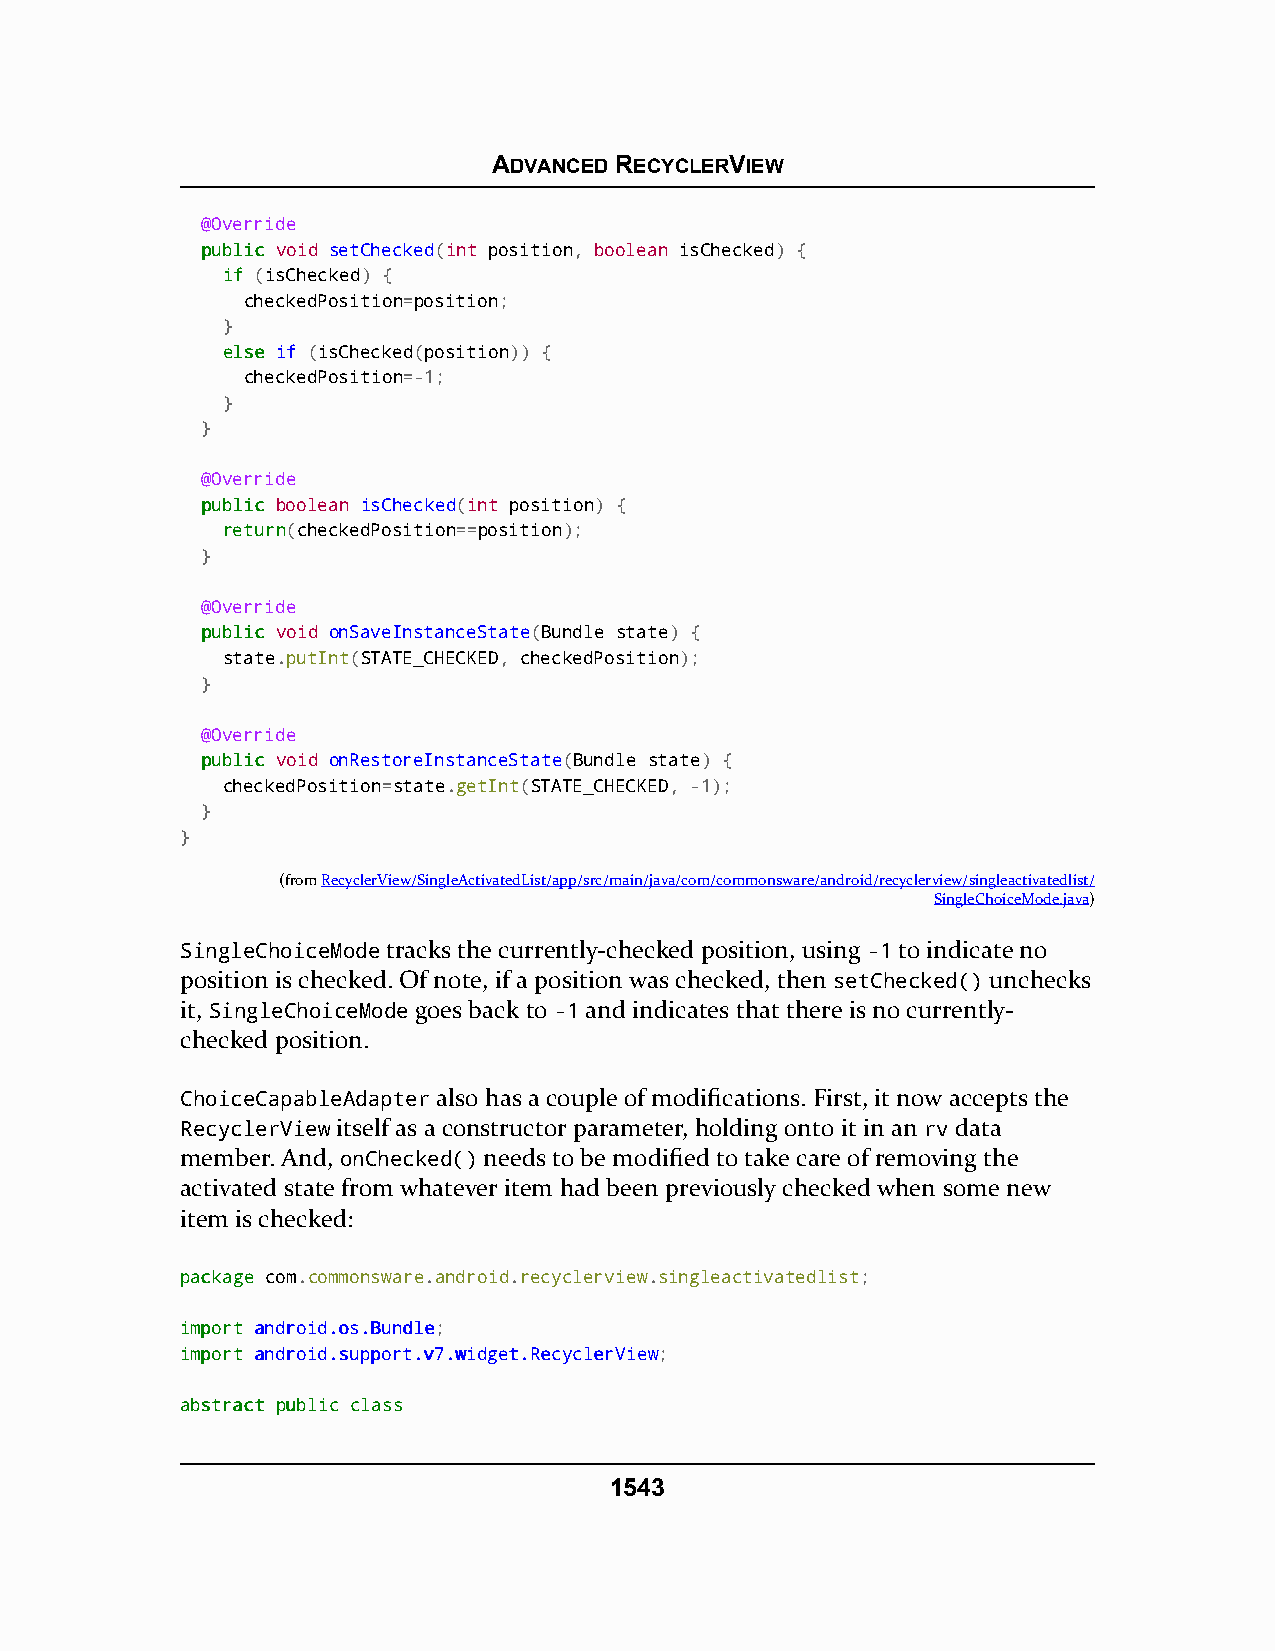
ADVANCED RECYCLERVIEW
 @Override
 ppuubblliicc void setChecked(int position, boolean isChecked) {
 iiff (isChecked) {
 checkedPosition=position;
 }
 eellssee if (isChecked(position)) {
 checkedPosition=-1;
 }
 }
 @Override
 ppuubblliicc boolean isChecked(int position) {
 rreettuurrnn(checkedPosition==position);
 }
 @Override
 ppuubblliicc void onSaveInstanceState(Bundle state) {
 state.putInt(STATE_CHECKED, checkedPosition);
 }
 @Override
 ppuubblliicc void onRestoreInstanceState(Bundle state) {
 checkedPosition=state.getInt(STATE_CHECKED, -1);
 }
 }
 (fromRecyclerView/SingleActivatedList/app/src/main/java/com/commonsware/android/recyclerview/singleactivatedlist/
 SingleChoiceMode.java)
 SingleChoiceMode tracks the currently-checked position, using -1 to indicate no
 position is checked. Of note, if a position was checked, then setChecked() unchecks
 it, SingleChoiceMode goes back to -1 and indicates that there is no currently-
 checked position.
 ChoiceCapableAdapter also has a couple of modifications. First, it now accepts the
 RecyclerView itself as a constructor parameter, holding onto it in an rv data
 member. And, onChecked() needs to be modified to take care of removing the
 activated state from whatever item had been previously checked when some new
 item is checked:
 ppaacckkaaggee com.commonsware.android.recyclerview.singleactivatedlist;
 iimmppoorrtt aannddrrooiidd..ooss..BBuunnddllee;
 iimmppoorrtt aannddrrooiidd..ssuuppppoorrtt..vv77..wwiiddggeett..RReeccyycclleerrVViieeww;
 aabbssttrraacctt ppuubblliicc ccllaassss
 1543